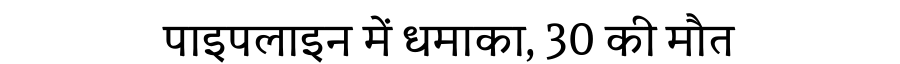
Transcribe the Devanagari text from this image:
पाइपलाइन में धमाका, 30 की मौत